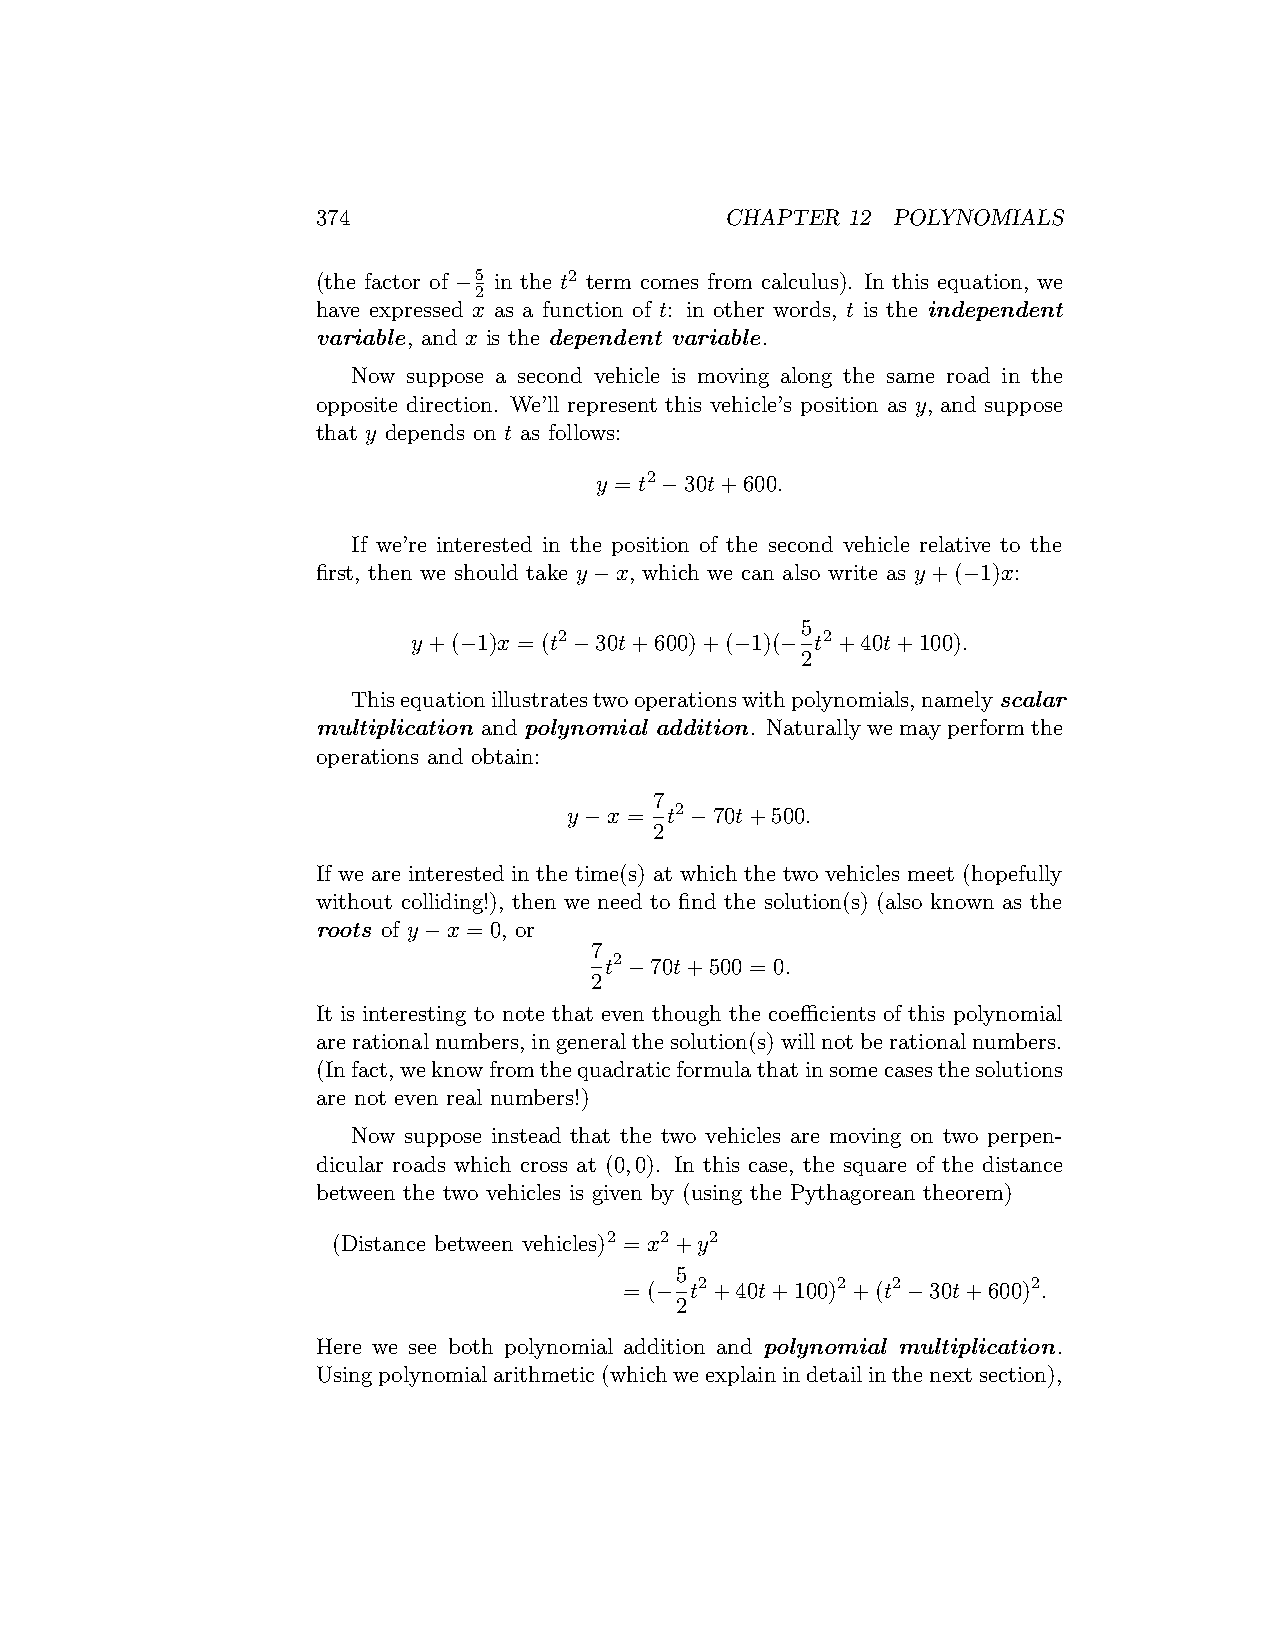
374                        CHAPTER 12 POLYNOMIALS
 (the factor of −5 in the t2 term comes from calculus). In this equation, we
 2
 have expressed x as a function of t: in other words, t is the independent
 variable, and x is the dependent variable.
 Now suppose a second vehicle is moving along the same road in the
 opposite direction. We’ll represent this vehicle’s position as y, and suppose
 that y depends on t as follows:
 y = t2−30t+600.
 If we’re interested in the position of the second vehicle relative to the
 first, then we should take y−x, which we can also write as y+(−1)x:
 5
 y+(−1)x = (t2−30t+600)+(−1)(− t2+40t+100).
 2
 Thisequationillustratestwooperationswithpolynomials,namelyscalar
 multiplication andpolynomial addition. Naturallywemayperformthe
 operations and obtain:
 7
 y−x = t2−70t+500.
 2
 If we are interested in the time(s) at which the two vehicles meet (hopefully
 without colliding!), then we need to find the solution(s) (also known as the
 roots of y−x = 0, or
 7
 t2−70t+500 = 0.
 2
 It is interesting to note that even though the coefficients of this polynomial
 arerationalnumbers,ingeneralthesolution(s)willnotberationalnumbers.
 (Infact,weknowfromthequadraticformulathatinsomecasesthesolutions
 are not even real numbers!)
 Now suppose instead that the two vehicles are moving on two perpen-
 dicular roads which cross at (0,0). In this case, the square of the distance
 between the two vehicles is given by (using the Pythagorean theorem)
 (Distance between vehicles)2 = x2+y2
 5
 = (− t2+40t+100)2+(t2−30t+600)2.
 2
 Here we see both polynomial addition and polynomial multiplication.
 Usingpolynomialarithmetic(whichweexplainindetailinthenextsection),